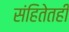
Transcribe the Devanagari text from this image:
संहितेतही